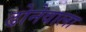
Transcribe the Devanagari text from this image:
ढोनेवाला